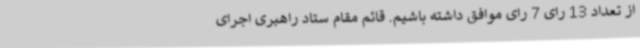
از تعداد 13 رای 7 رای موافق داشته باشیم. قائم مقام ستاد راهبری اجرای